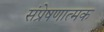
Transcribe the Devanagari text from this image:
संप्रेषणात्मक